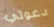
دعوتي